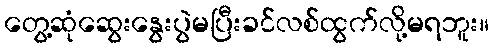
တွေ့ဆုံဆွေးနွေးပွဲမပြီးခင်လစ်ထွက်လို့မရဘူး။